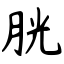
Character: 胱